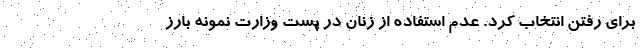
برای رفتن انتخاب کرد. عدم استفاده از زنان در پست وزارت نمونه بارز